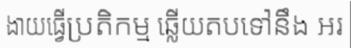
ងាយធ្វើប្រតិកម្ម ឆ្លើយតបទៅនឹង អរ